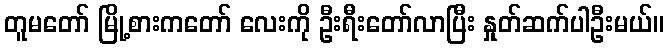
တူမတော် မြို့စားကတော် လေးကို ဦးရီးတော်လာပြီး နှုတ်ဆက်ပါဦးမယ်။